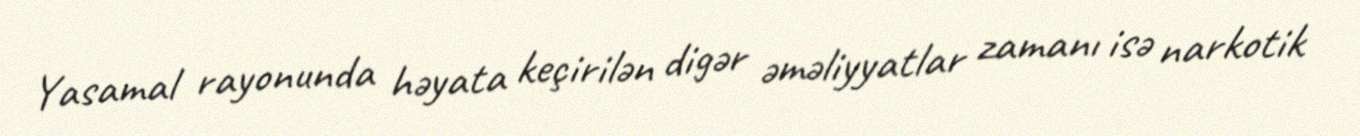
Yasamal rayonunda həyata keçirilən digər əməliyyatlar zamanı isə narkotik